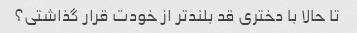
تا حالا با دختری قد بلندتر از خودت قرار گذاشتی؟